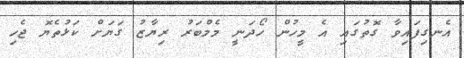
އެނގިފައިވާ ގޮތުގައި އެ މީހުން ހޯދަނީ މެމްބަރު ރިޔާޒު ގަޔަށް ކަޅުތެޔޮ ޖެހި